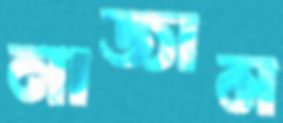
নাজাম